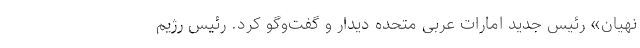
نهیان» رئیس جدید امارات عربی متحده دیدار و گفت‌وگو کرد. رئیس رژیم